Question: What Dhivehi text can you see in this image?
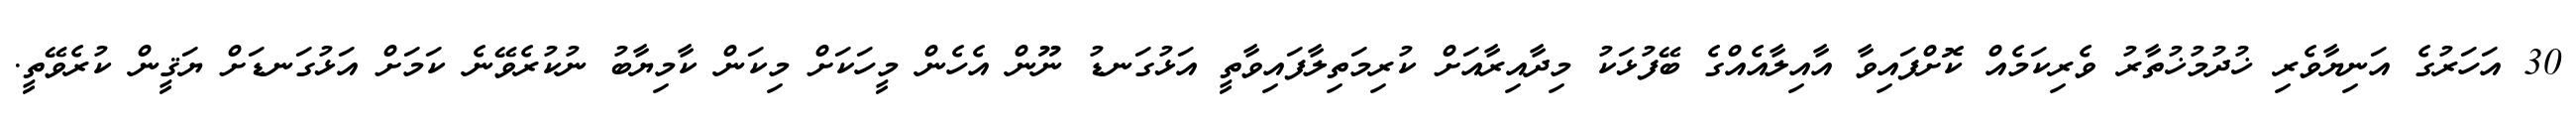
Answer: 30 އަހަރުގެ އަނިޔާވެރި ޚުދުމުޚުތާރު ވެރިކަމެއް ކޮށްފައިވާ އާއިލާއެއްގެ ބޭފުޅަކު މިދާއިރާއަށް ކުރިމަތިލާފައިވާތީ އަޅުގަނޑު ނޫން އެހެން މީހަކަށް މިކަން ކާމިޔާބު ނުކުރެވޭނެ ކަމަށް އަޅުގަނޑަށް ޔަޤީން ކުރެވޭތީ.